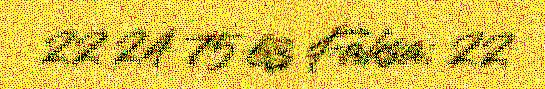
22 24 75 63 Fáksa: 22